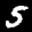
Label: 5